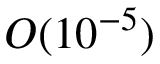
{ \cal O } ( 1 0 ^ { - 5 } )